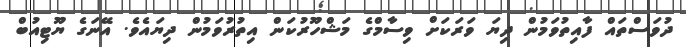
ދުވަސްތައް ފާއިތުވަމުން ދިޔަ ވަރަކަށް ވިސާމްގެ މަޝްހޫރުކަން އިތުރުވަމުން ދިޔައެވެ. އޭނަގެ ޔޫޓިއުބް